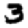
Digit: 3